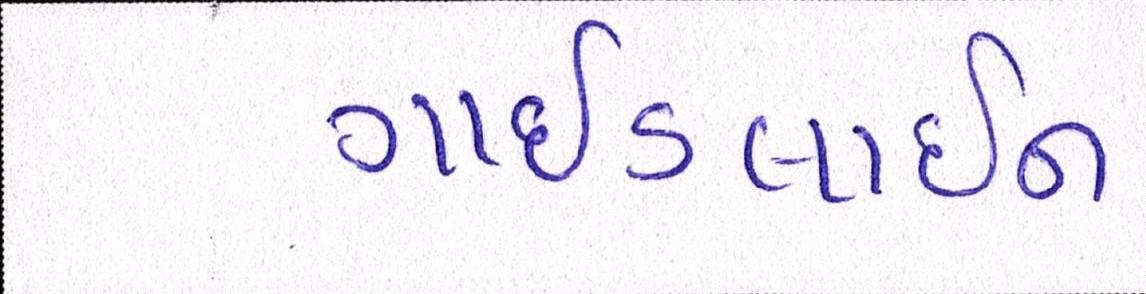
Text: ગાઈડલાઈન